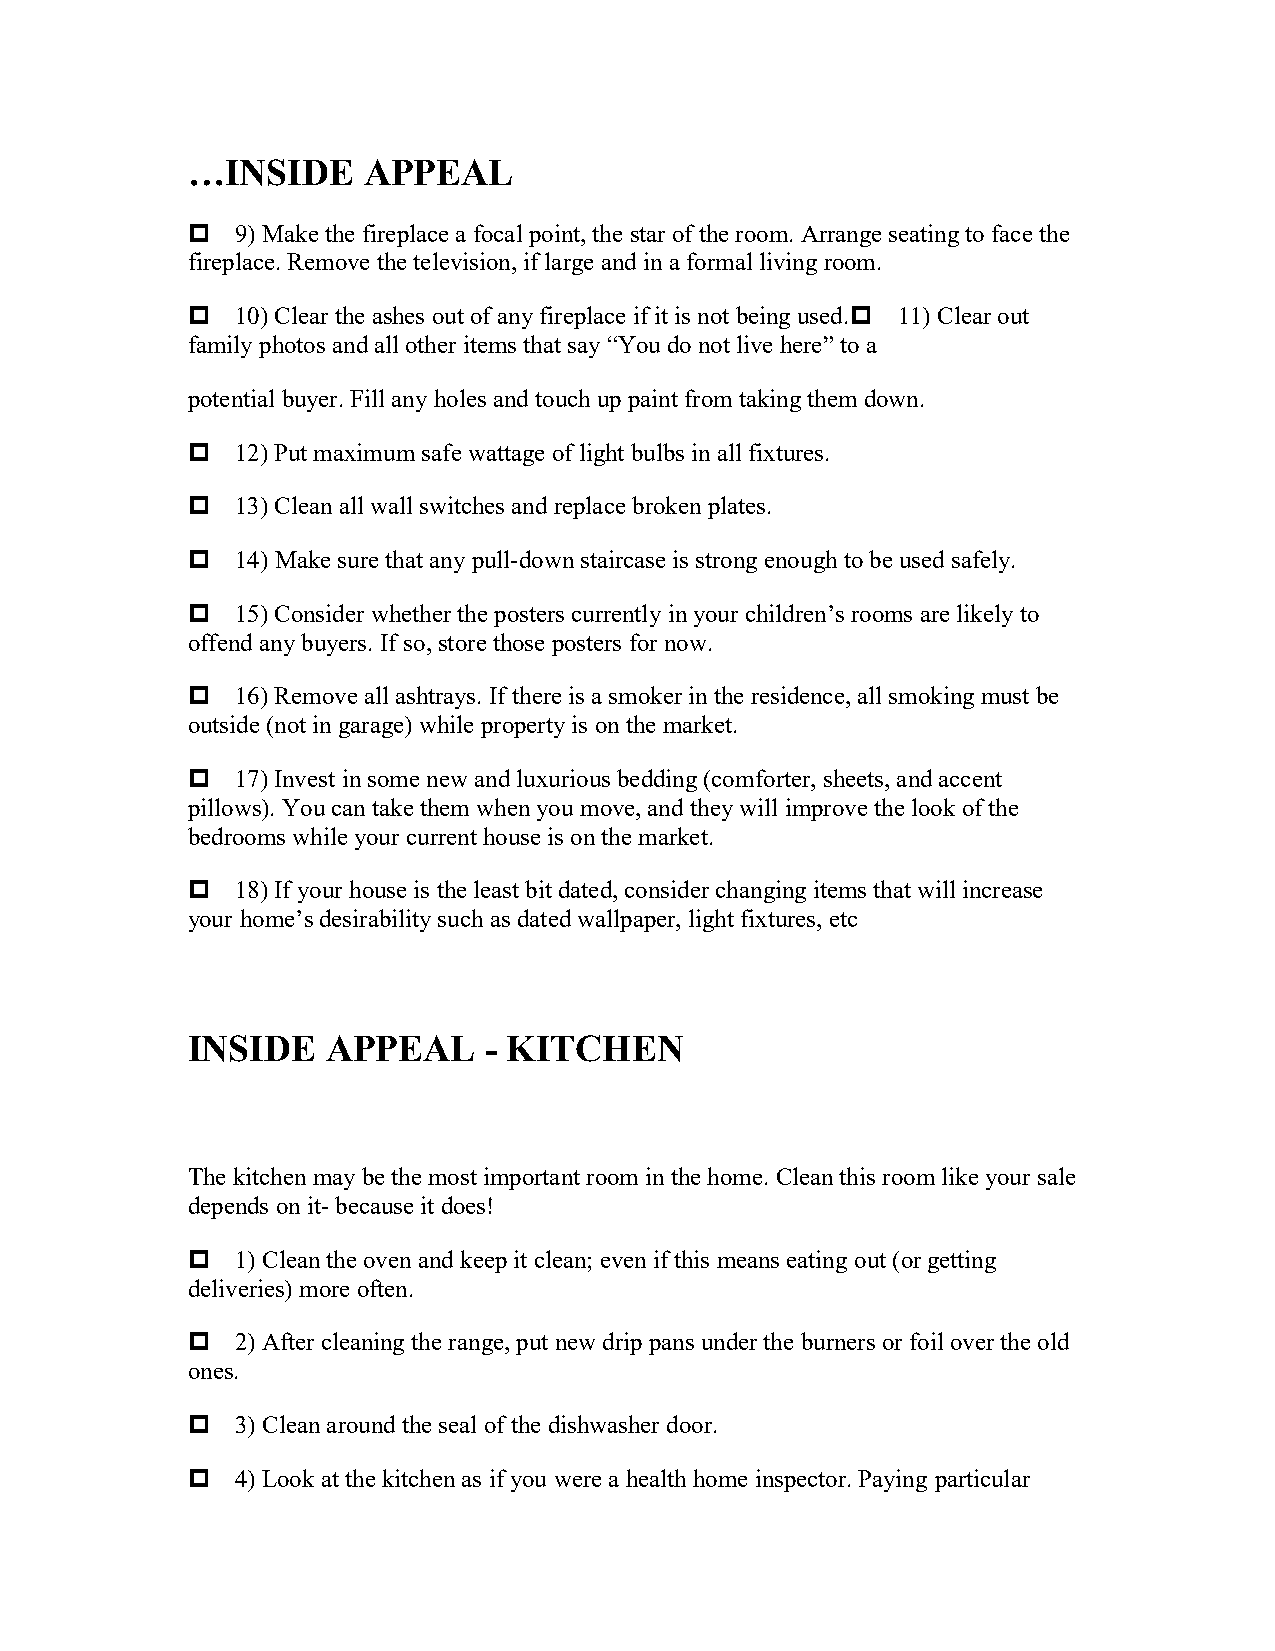
…INSIDE     APPEAL
 9) Make the fireplace a focal point, the star of the room. Arrange seating to face the
 fireplace. Remove the television, if large and in a formal living room.
 10) Clear the ashes out of any fireplace if it is not being used.11) Clear out
 family photos and all other items that say “You do not live here” to a
 potential buyer. Fill any holes and touch up paint from taking them down.
 12) Put maximum safe wattage of light bulbs in all fixtures.
 13) Clean all wall switches and replace broken plates.
 14) Make sure that any pull-down staircase is strong enough to be used safely.
 15) Consider whether the posters currently in your children’s rooms are likely to
 offend any buyers. If so, store those posters for now.
 16) Remove all ashtrays. If there is a smoker in the residence, all smoking must be
 outside (not in garage) while property is on the market.
 17) Invest in some new and luxurious bedding (comforter, sheets, and accent
 pillows). You can take them when you move, and they will improve the look of the
 bedrooms while your current house is on the market.
 18) If your house is the least bit dated, consider changing items that will increase
 your home’s desirability such as dated wallpaper, light fixtures, etc
 INSIDE    APPEAL    - KITCHEN
 The kitchen may be the most important room in the home. Clean this room like your sale
 depends on it- because it does!
 1) Clean the oven and keep it clean; even if this means eating out (or getting
 deliveries) more often.
 2) After cleaning the range, put new drip pans under the burners or foil over the old
 ones.
 3) Clean around the seal of the dishwasher door.
 4) Look at the kitchen as if you were a health home inspector. Paying particular